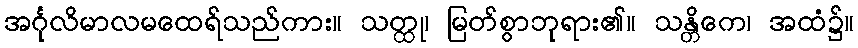
အင်္ဂုလိမာလမထေရ်သည်ကား။ သတ္ထု၊ မြတ်စွာဘုရား၏။ သန္တိကေ၊ အထံ၌။